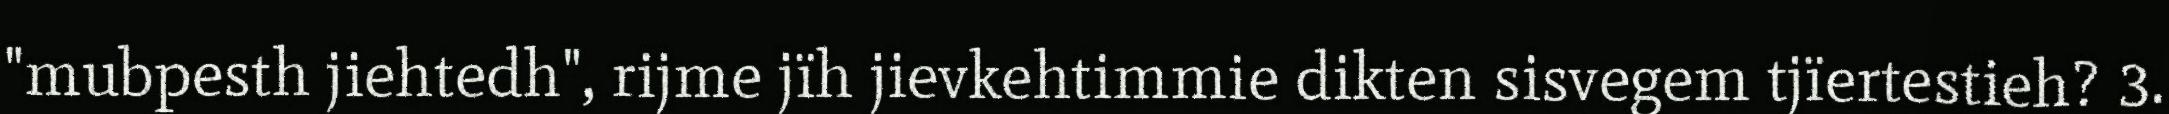
"mubpesth jiehtedh", rijme jïh jievkehtimmie dikten sisvegem tjïertestieh? 3.